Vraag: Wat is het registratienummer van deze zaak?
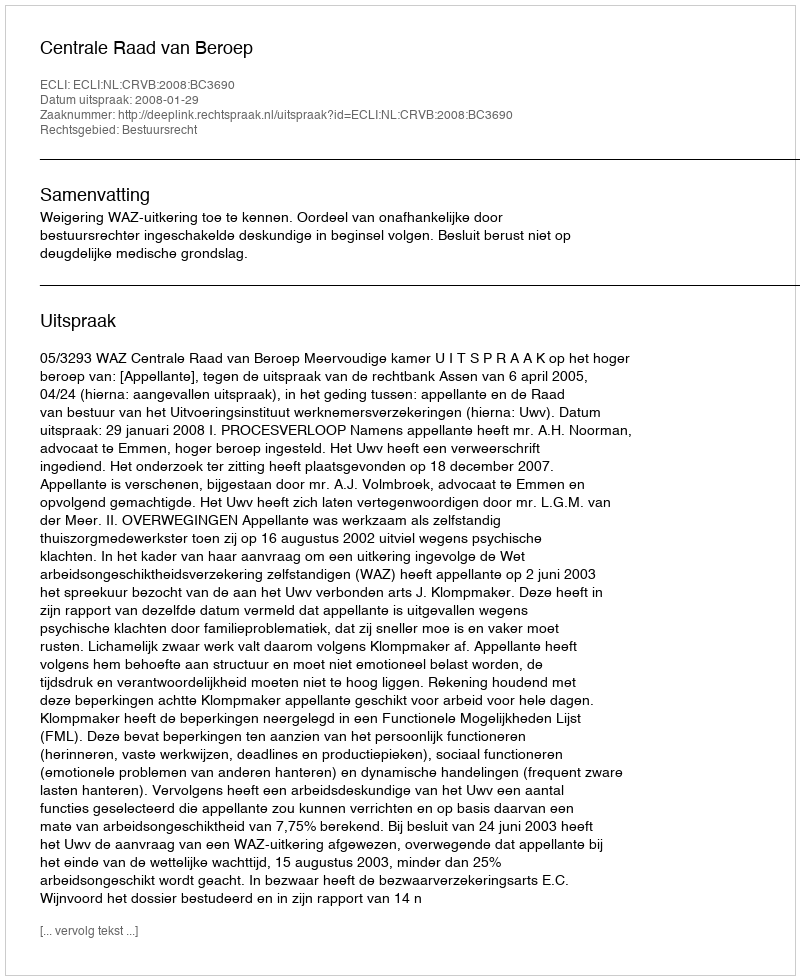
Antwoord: http://deeplink.rechtspraak.nl/uitspraak?id=ECLI:NL:CRVB:2008:BC3690